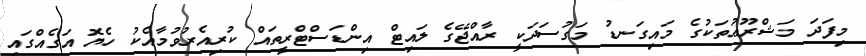
މިފަދަ މަޝްރޫޢުތަކުގެ މައިގަނޑު މަގުސަދަކީ ރާއްޖޭގެ ލައިޓް އިންޑަސްޓްރީތައް ކުރިއެރުވުމާއެކު ހެޔޮ އަގެއްގައި